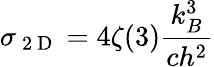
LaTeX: \sigma_{\mathrm{~2~D~}}=4\zeta(3)\frac{k_{B}^{3}}{ch^{2}}